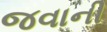
જવાની